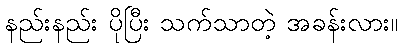
နည်းနည်း ပိုပြီး သက်သာတဲ့ အခန်းလား။